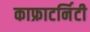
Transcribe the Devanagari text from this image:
काफ्राटर्निटी